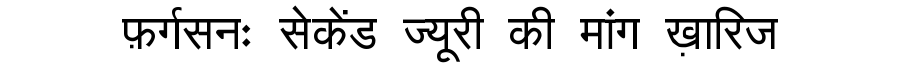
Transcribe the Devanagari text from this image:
फ़र्गसनः सेकेंड ज्यूरी की मांग ख़ारिज